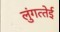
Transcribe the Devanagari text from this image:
लुंगत्‍तेई